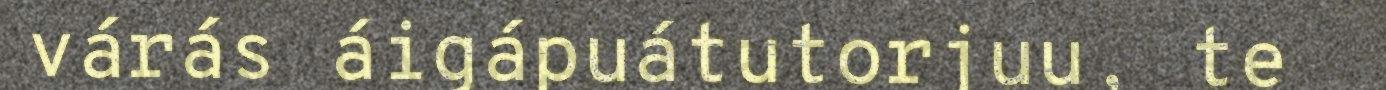
várás áigápuátutorjuu, te